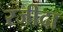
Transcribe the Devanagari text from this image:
रजीदा